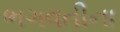
ભગવતીના